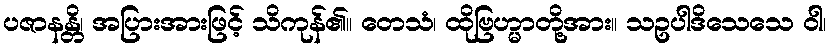
ပဇာနန္တိ၊ အပြားအားဖြင့် သိကုန်၏။ တေသံ၊ ထိုဗြဟ္မာတို့အား။ သဥပါဒိသေသေ ဝါ၊